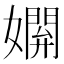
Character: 𡢸